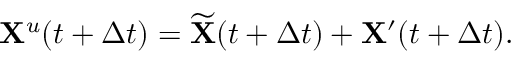
\begin{array} { r } { \mathbf { X } ^ { u } ( t + \Delta t ) = \widetilde { \mathbf { X } } ( t + \Delta t ) + \mathbf { X } ^ { \prime } ( t + \Delta t ) . } \end{array}